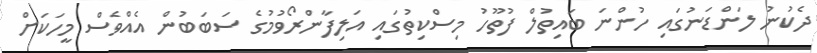
ދެކުނު ލަންޑަނުގައި ހުންނަ ބައިތުލް ފުތޫހު މިސްކިތުގައި އަލިފާންރޯވުމުގެ ސަބަބުން އެއްވެސް މީހަކަށް